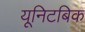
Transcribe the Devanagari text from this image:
यूनिटबिक